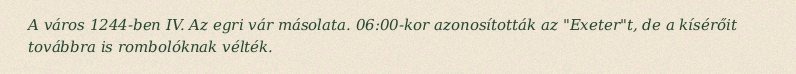
A város 1244-ben IV. Az egri vár másolata. 06:00-kor azonosították az "Exeter"t, de a kísérőit továbbra is rombolóknak vélték.